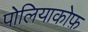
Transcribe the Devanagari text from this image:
पोलियाकोफ़